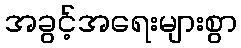
အခွင့်အရေးများစွာ